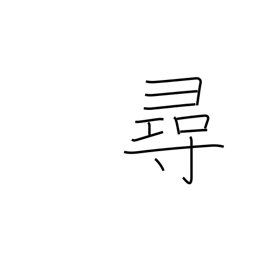
Meaning: look for